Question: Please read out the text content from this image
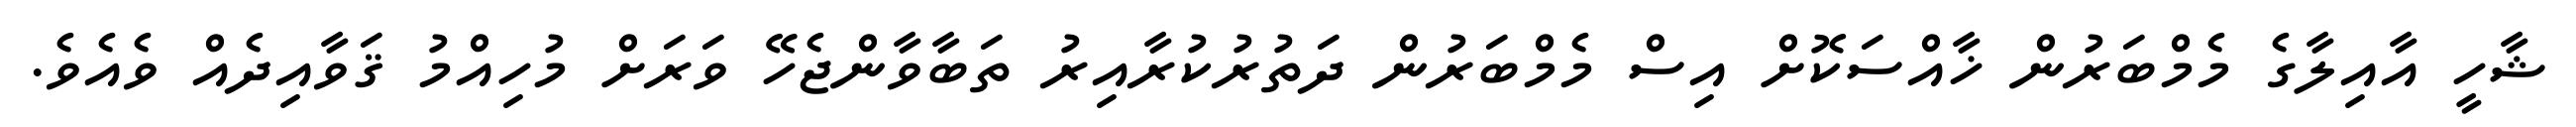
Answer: ޝާހީ އާއިލާގެ މެމްބަރުން ޚާއްސަކޮށް އިސް މެމްބަރުން ދަތުރުކުރާއިރު ތަބާވާންޖެހޭ ވަރަށް މުހިއްމު ޤަވާއިދެއް ވެއެވެ.